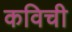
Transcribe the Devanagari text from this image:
कविची